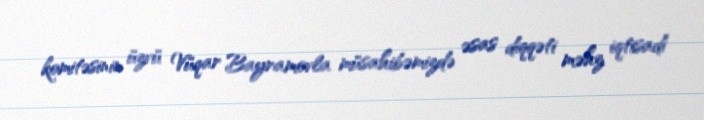
komitəsinin üzvü Vüqar Bayramovla müsahibəmizdə əsas diqqəti məhz iqtisadi